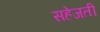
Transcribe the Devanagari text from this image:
सहेजती